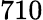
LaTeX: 710